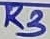
Text: R3